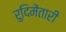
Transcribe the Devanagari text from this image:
रुदिमेंतारी